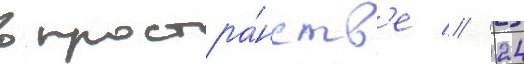
в простра́нств'е // 24